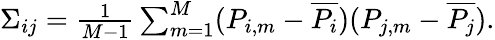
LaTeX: \begin{array}{r}{\Sigma_{ij}=\frac{1}{M-1}\sum_{m=1}^{M}(P_{i,m}-\overline{{P_{i}}})(P_{j,m}-\overline{{P_{j}}}).}\end{array}